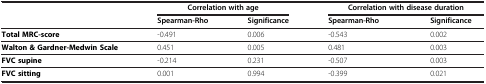
<table><thead><tr><td><b> </b></td><td colspan="2"><b>Correlation with age</b></td><td colspan="2"><b>Correlation with disease duration</b></td></tr><tr><td><b> </b></td><td><b>Spearman-Rho</b></td><td><b>Significance</b></td><td><b>Spearman-Rho</b></td><td><b>Significance</b></td></tr></thead><tbody><tr><td><b>Total MRC-score</b></td><td>-0.491</td><td>0.006</td><td>-0.543</td><td>0.002</td></tr><tr><td><b>Walton &amp; Gardner-Medwin Scale</b></td><td>0.451</td><td>0.005</td><td>0.481</td><td>0.003</td></tr><tr><td><b>FVC supine</b></td><td>-0.214</td><td>0.231</td><td>-0.507</td><td>0.003</td></tr><tr><td><b>FVC sitting</b></td><td>0.001</td><td>0.994</td><td>-0.399</td><td>0.021</td></tr></tbody></table>